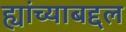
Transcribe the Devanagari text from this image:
ह्यांच्याबद्दल